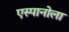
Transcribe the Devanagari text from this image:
एस्पानोला